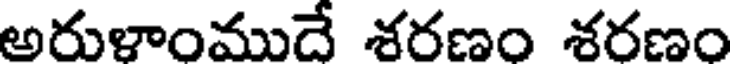
అరుళాంముదే శరణం శరణం